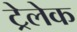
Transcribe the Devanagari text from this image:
ट्रेलेक